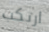
ارتكب